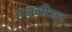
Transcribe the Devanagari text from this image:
आकृतीसह